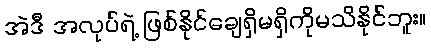
အဲဒီ အလုပ်ရဲ့ ဖြစ်နိုင်ချေရှိမရှိကိုမသိနိုင်ဘူး။